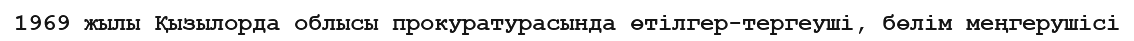
1969 жылы Қызылорда облысы прокуратурасында өтілгер-тергеуші, бөлім меңгерушісі